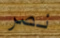
نصر